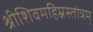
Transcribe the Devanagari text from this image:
श्रीशिवमहिम्नस्तोत्रम्